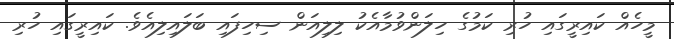
މީހެއް ކައިރީގައި ހުރި ކަމުގެ ހިލަންވުމާއެކު ލިލިއަން ސިހިފައި ބަލައިލިއެވެ. ކައިރީގައި ހުރި